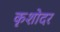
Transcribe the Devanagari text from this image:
कृशोदर